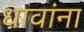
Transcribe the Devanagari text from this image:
धावांना